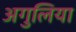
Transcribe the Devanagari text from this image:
अगुलिया